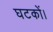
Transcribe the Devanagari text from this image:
घटकों।